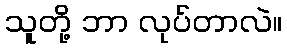
သူတို့ ဘာ လုပ်တာလဲ။